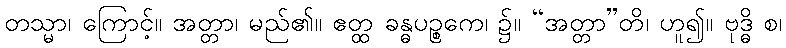
တသ္မာ၊ ကြောင့်။ အတ္တာ၊ မည်၏။ ဧတ္ထ ခန္ဓပဉ္စကေ၊ ၌။ “အတ္တာ”တိ၊ ဟူ၍။ ဗုဒ္ဓိ စ၊